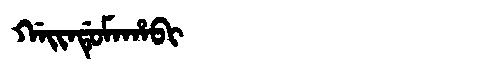
Manchu: ᡤᠠᡳᠨᡩᡠᠮᠠᡥᠠᠪᡳ
Romanization: GAINDUMAHABI